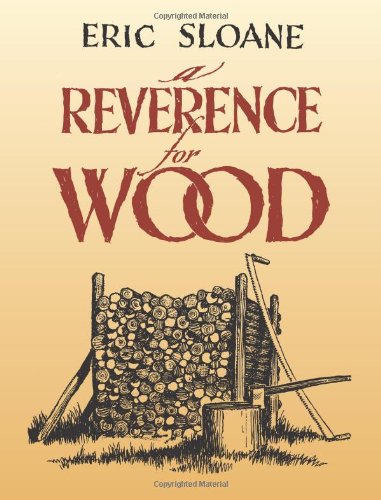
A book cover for A Reverence for Wood; Eric Sloane; Science & Math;